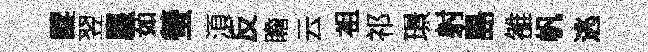
醍翌塵茹螢湏反瞻云袓祁璟射島雒帆逃